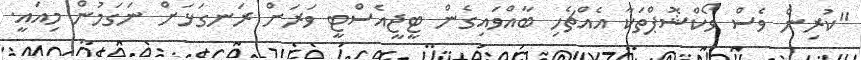
"ކުރިން ވެސް ވޯކްޝޮޕްތަކާ އެއްޗެހި ބާއްވައިގެން ޓީޖީއެސްޓީ ވަރަށް ރަނގަޅަށް ނަގަމުން މިއައީ.